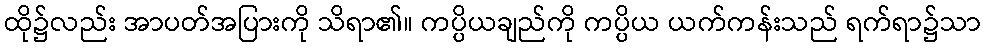
ထို၌လည်း အာပတ်အပြားကို သိရာ၏။ ကပ္ပိယချည်ကို ကပ္ပိယ ယက်ကန်းသည် ရက်ရာ၌သာ